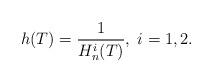
LaTeX: \begin{align*}h(T) =\frac{1}{H_n^i(T)},\;i = 1, 2. \end{align*}